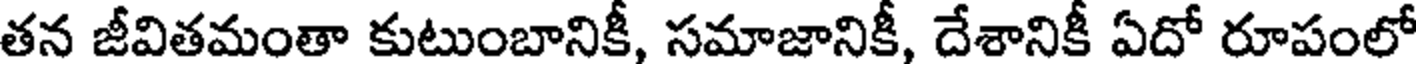
తన జీవితమంతా కుటుంబానికీ, సమాజానికీ, దేశానికీ ఏదో రూపంలో